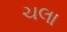
ચલા